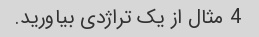
4 مثال از یک تراژدی بیاورید.